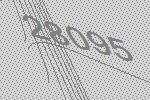
28095